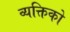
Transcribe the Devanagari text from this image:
व्यक्तिको